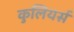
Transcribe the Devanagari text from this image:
कुलियर्स